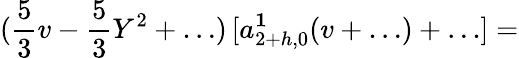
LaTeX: (\frac{5}{3}v-\frac{5}{3}Y^{2}+\ldots)\, [a_{2+h,0}^{\mathbf 1}(v+\ldots)+\ldots]=